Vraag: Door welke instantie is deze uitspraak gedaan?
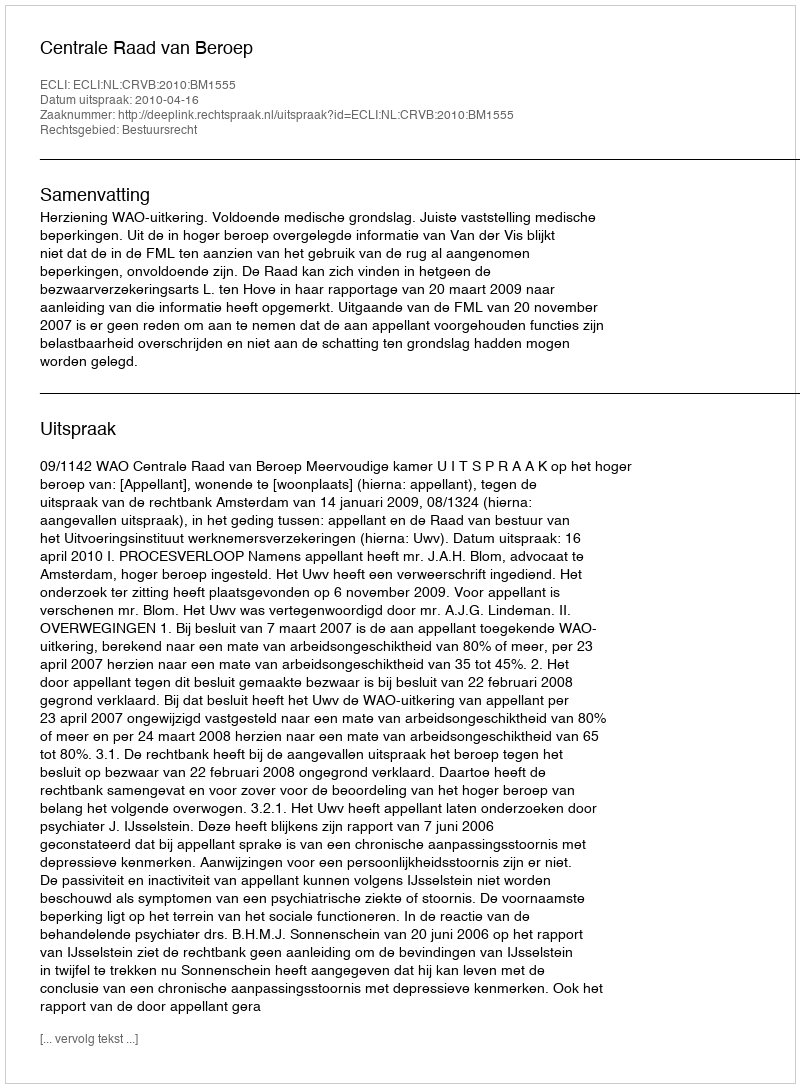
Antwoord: Centrale Raad van Beroep